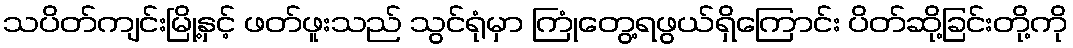
သပိတ်ကျင်းမြို့နှင့် ဖတ်ဖူးသည် သွင်ရုံမှာ ကြုံတွေ့ရဖွယ်ရှိကြောင်း ပိတ်ဆို့ခြင်းတို့ကို